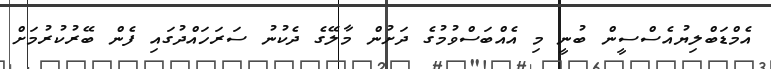
އެމްޑަބްލިޔުއެސްސީން ބުނީ މި އެއްބަސްވުމުގެ ދަށުން މާލޭގެ ދެކުނު ސަރަހައްދުގައި ފެން ބޭރުކުރުމަށް